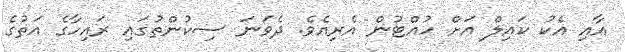
އާއި އެކު ކައިލް އަށް ހުއްޓުން އެރިއެވެ. ދެވަނަ ސިކުންތުގައި ރައިހާގެ އަތުގެ